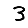
Digit: 3